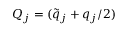
Q _ { j } = ( \tilde { q } _ { j } + q _ { j } / 2 )